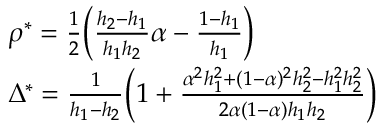
\begin{array} { r l } & { \rho ^ { * } = \frac { 1 } { 2 } \bigg ( \frac { h _ { 2 } - h _ { 1 } } { h _ { 1 } h _ { 2 } } \alpha - \frac { 1 - h _ { 1 } } { h _ { 1 } } \bigg ) } \\ & { \Delta ^ { * } = \frac { 1 } { h _ { 1 } - h _ { 2 } } \bigg ( 1 + \frac { \alpha ^ { 2 } h _ { 1 } ^ { 2 } + ( 1 - \alpha ) ^ { 2 } h _ { 2 } ^ { 2 } - h _ { 1 } ^ { 2 } h _ { 2 } ^ { 2 } } { 2 \alpha ( 1 - \alpha ) h _ { 1 } h _ { 2 } } \bigg ) } \end{array}